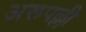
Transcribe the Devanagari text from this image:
अरूपल्ली